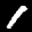
Label: 1